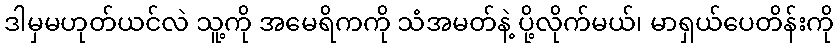
ဒါမှမဟုတ်ယင်လဲ သူ့ကို အမေရိကကို သံအမတ်နဲ့ ပို့လိုက်မယ်၊ မာရှယ်ပေတိန်းကို